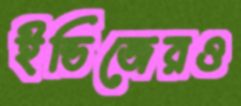
ইন্ডিজেরও